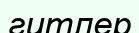
гитлер